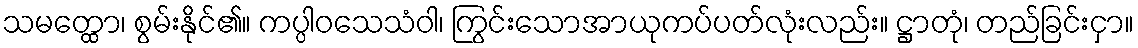
သမတ္ထော၊ စွမ်းနိုင်၏။ ကပ္ပါဝသေသံဝါ၊ ကြွင်းသောအာယုကပ်ပတ်လုံးလည်း။ ဋ္ဌာတုံ၊ တည်ခြင်းငှာ။